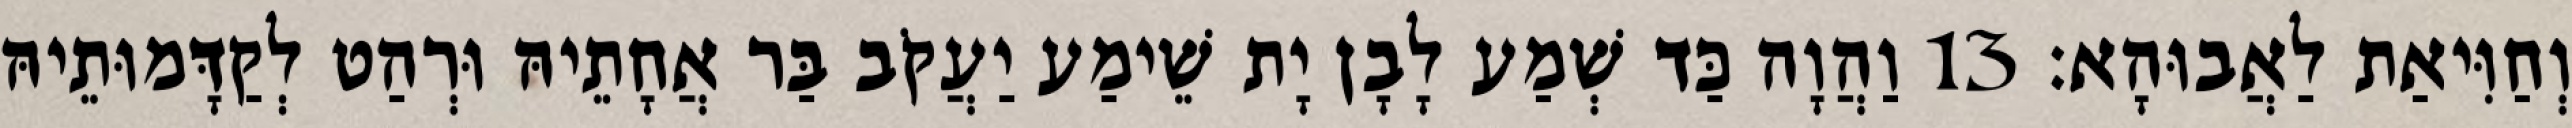
וְחַוִּיאַת לַאֲבוּהָא׃ 13 וַהֲוָה כַּד שְׁמַע לָבָן יָת שֵׁימַע יַעֲקֹב בַּר אֲחָתֵיהּ וּרְהַט לְקַדָּמוּתֵיהּ